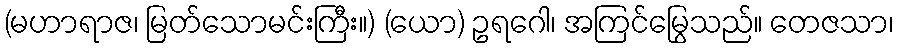
(မဟာရာဇ၊ မြတ်သောမင်းကြီး။) (ယော) ဥရဂေါ၊ အကြင်မြွေသည်။ တေဇသာ၊